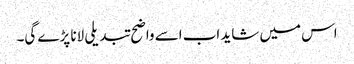
اس میں شاید اب اسے واضح تبدیلی لانا پڑے گی۔